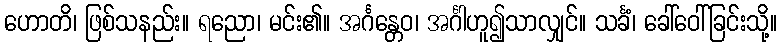
ဟောတိ၊ ဖြစ်သနည်း။ ရညော၊ မင်း၏။ အင်္ဂန္တေဝ၊ အင်္ဂါဟူ၍သာလျှင်။ သင်္ခံ၊ ခေါ်ဝေါ်ခြင်းသို့။